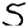
Digit: 5